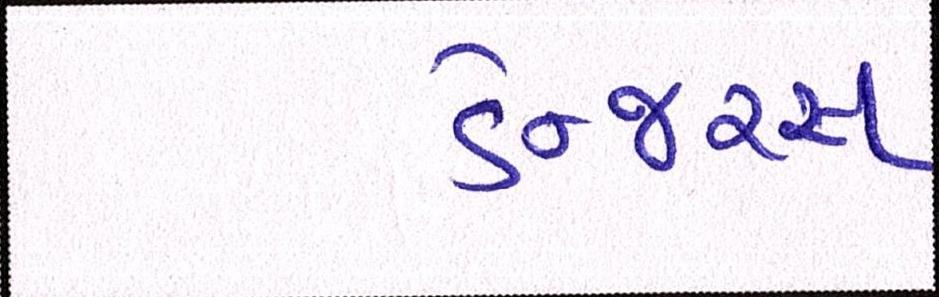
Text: ડેન્જરસ